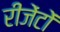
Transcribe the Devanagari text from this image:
रीजेंटों